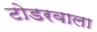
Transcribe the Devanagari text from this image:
टोडरवाला